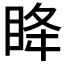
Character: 𫞳